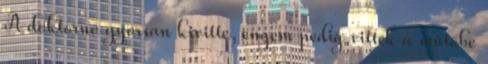
A doktornő gyorsan kivitte, engem pedig vittek a műtőbe